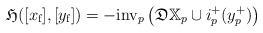
\begin{align*}\frak H([x_{\textup{f}}],[y_{\textup{f}}])=-\textup{inv}_{p}\left(\frak{D}\mathbb X_p\cup i_p^+(y_p^+) \right )\end{align*}